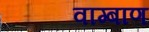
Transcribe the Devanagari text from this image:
वाग्बाण